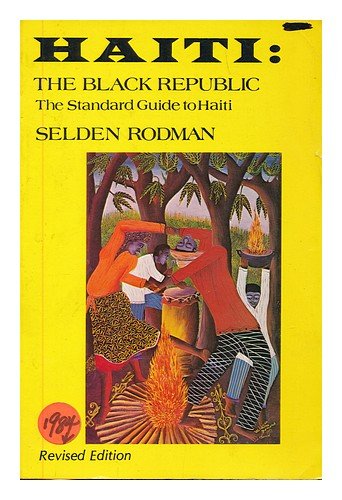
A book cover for Haiti: The Black Republic; Seldon Rodman; Travel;